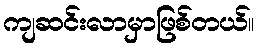
ကျဆင်းလာမှာဖြစ်တယ်။